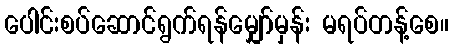
ပေါင်းစပ်ဆောင်ရွက်ရန်မျှော်မှန်း မရပ်တန့်စေ။